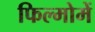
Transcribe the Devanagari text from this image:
फिल्मोमें